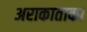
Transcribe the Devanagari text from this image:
अराकाताका